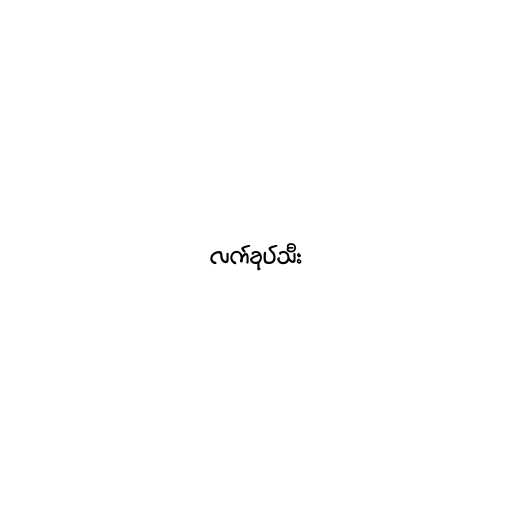
လက်ခုပ်သီး